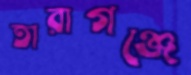
তারাগঞ্জে